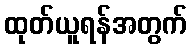
ထုတ်ယူရန်အတွက်